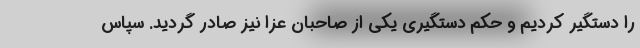
را دستگیر کردیم و حکم دستگیری یکی از صاحبان عزا نیز صادر گردید. سپاس